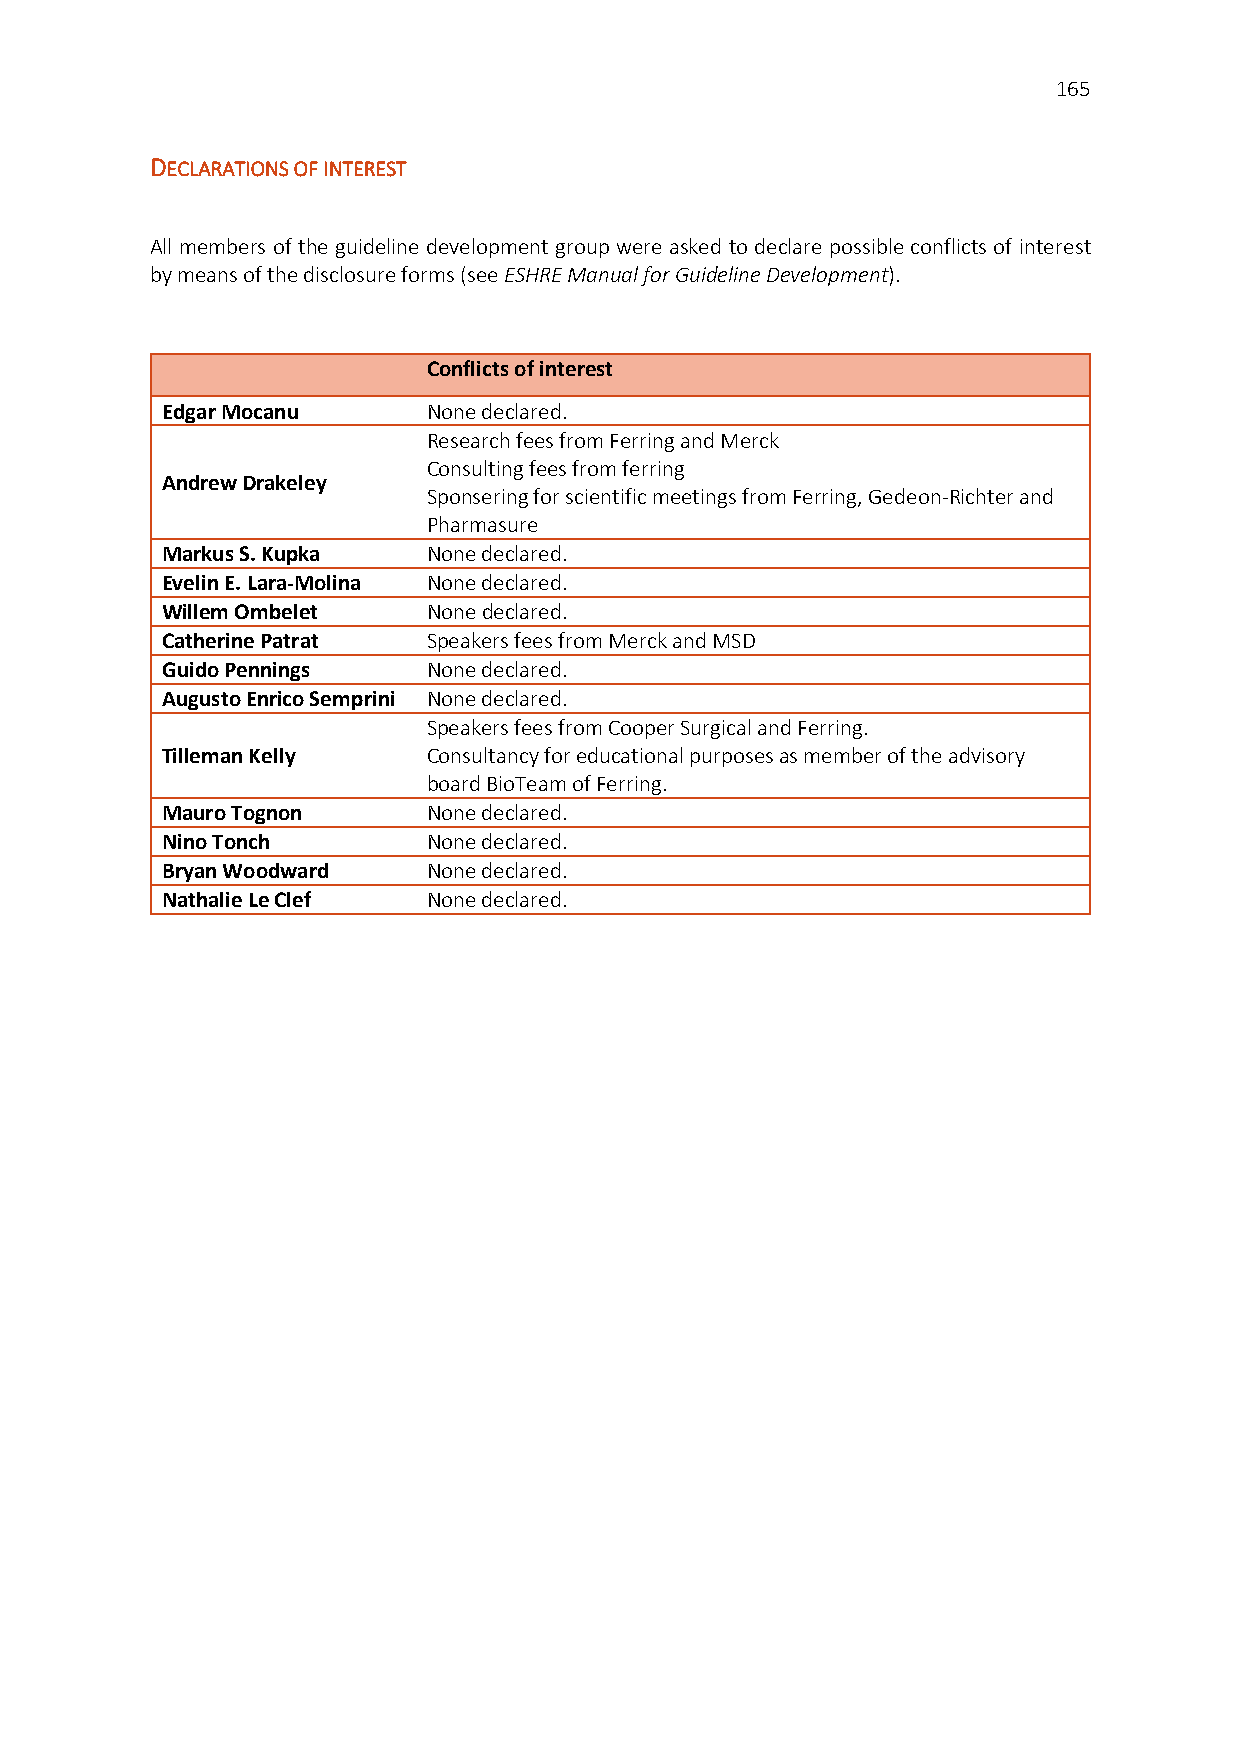
165
 DECLARATIONS OF INTEREST
 All members of the guideline development group were asked to declare possible conflicts of interest
 by means of the disclosure forms (see ESHRE Manual for Guideline Development).
 Conflicts of interest
 Edgar Mocanu     None declared.
 Research fees from Ferring and Merck
 Consulting fees from ferring
 Andrew Drakeley
 Sponsering for scientific meetings from Ferring, Gedeon-Richter and
 Pharmasure
 Markus S. Kupka  None declared.
 Evelin E. Lara-Molina None declared.
 Willem Ombelet   None declared.
 Catherine Patrat Speakers fees from Merck and MSD
 Guido Pennings   None declared.
 Augusto Enrico Semprini None declared.
 Speakers fees from Cooper Surgical and Ferring.
 Tilleman Kelly   Consultancy for educational purposes as member of the advisory
 board BioTeam of Ferring.
 Mauro Tognon     None declared.
 Nino Tonch       None declared.
 Bryan Woodward   None declared.
 Nathalie Le Clef None declared.